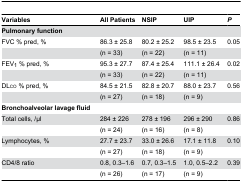
<table><thead><tr><td><b>Variables</b></td><td><b>All Patients</b></td><td><b>NSIP</b></td><td><b>UIP</b></td><td><b><i>P</i></b></td></tr></thead><tbody><tr><td><b>Pulmonary function</b></td><td></td><td></td><td></td><td></td></tr><tr><td>FVC % pred, %</td><td>86.3 ± 25.8</td><td>80.2 ± 25.2</td><td>98.5 ± 23.5</td><td>0.05</td></tr><tr><td></td><td>(n = 33)</td><td>(n = 22)</td><td>(n = 11)</td><td></td></tr><tr><td>FEV<sub>1</sub> % pred, %</td><td>95.3 ± 27.7</td><td>87.4 ± 25.4</td><td>111.1 ± 26.4</td><td>0.02</td></tr><tr><td></td><td>(n = 33)</td><td>(n = 22)</td><td>(n = 11)</td><td></td></tr><tr><td>DLco % pred, %</td><td>84.5 ± 21.5</td><td>82.8 ± 20.7</td><td>88.0 ± 23.7</td><td>0.56</td></tr><tr><td></td><td>(n = 27)</td><td>(n = 18)</td><td>(n = 9)</td><td></td></tr><tr><td><b>Bronchoalveolar lavage fluid</b></td><td></td><td></td><td></td><td></td></tr><tr><td>Total cells, /μl</td><td>284 ± 226</td><td>278 ± 196</td><td>296 ± 290</td><td>0.86</td></tr><tr><td></td><td>(n = 24)</td><td>(n = 16)</td><td>(n = 8)</td><td></td></tr><tr><td>Lymphocytes, %</td><td>27.7 ± 23.7</td><td>33.0 ± 26.6</td><td>17.1 ± 11.8</td><td>0.10</td></tr><tr><td></td><td>(n = 27)</td><td>(n = 18)</td><td>(n = 9)</td><td></td></tr><tr><td>CD4/8 ratio</td><td>0.8, 0.3–1.6</td><td>0.7, 0.3–1.5</td><td>1.0, 0.5–2.2</td><td>0.39</td></tr><tr><td></td><td>(n = 26)</td><td>(n = 17)</td><td>(n = 9)</td><td></td></tr></tbody></table>